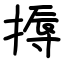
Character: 搙